Leaving Certificate Examination (including Day School Certificate (Higher) General paper), 1928
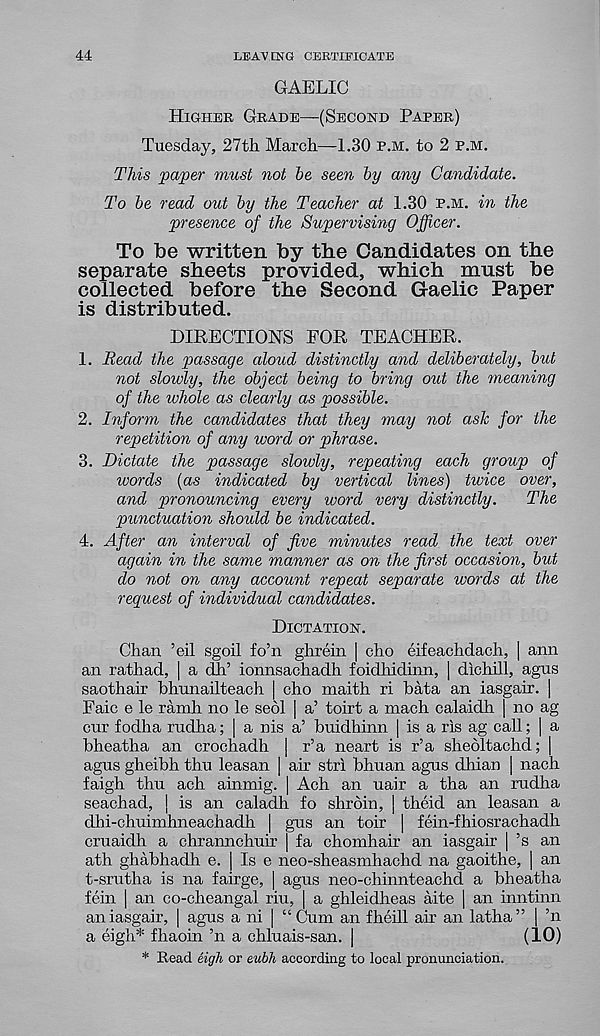
44
LEAVING CERTIFICATE
GAELIC
Higher Grade—(Second Parer)
Tuesday, 27th March—1.30 p.m. to 2 p.m.
This paper must not be seen by any Candidate.
To be read out by the Teacher at 1.30 p.m. in the
presence of the Supervising Officer.
To be written by the Candidates on the
separate sheets provided, which must be
collected before the Second Gaelic Paper
is distributed.
DIRECTIONS FOR TEACHER.
1. Read the passage aloud distinctly and deliberately, but
not slowly, the object being to bring out the meaning
of the whole as clearly as possible.
2. Inform the candidates that they may not ask for the
repetition of any word or phrase.
3. Dictate the passage slowly, repeating each group of
words (as indicated by vertical lines) twice over,
and pronouncing every ivord very distinctly.
The
punctuation should be indicated.
4. After an interval of five minutes read the text over
again in the same manner as on the first occasion, but
do not on any account repeat separate words at the
request of individual candidates.
Dictation.
Chan ’eil sgoil fo’n ghrein | cho eifeachdach, | ann
an rathad, | a dh’ ionnsachadh foidhidinn, | dichill, agus
saothair bhunailteach | cho maith ri bata an iasgair. |
Faic e le ramh no le sebl | a’ toirt a mach calaidh | no ag
cur fodha rudha; | a nis a’ buidhinn | is a ris ag call; | a
bheatha an crochadh | r’a neart is r’a sheoltachd; |
agus gheibh thu leasan | air stri bhuan agus dhian | nach
faigh thu ach ainnhg. | Ach an uair a tha an rudha
seachad, | is an caladh fo shrbin, | theid an leasan a
dhi-chuimhneachadh | gus an toir | fein-fhiosrachadh
cruaidh a chrannchuir j fa chomhair an iasgair | ’s an
ath ghabhadh e. | Is e neo-sheasinhachd na gaoithe, | an
t-srutha is na fairge, | agus neo-chinnteachd a bheatha
fein | an co-cheangal riu, | a ghleidheas aite | an inntinn
an iasgair, | agus a ni | “ Cum an fheill air an latha” | ’n
a eigh* fhaoin ’n a chluais-san. |
(10)
* Read eigh or eubh according to local pronunciation.